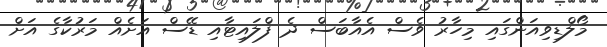
މޯލްޑިވިއަންގައި މިހާރު ވެސް އެއާބަސް ދެ ފްލައިޓާއި ޑޭސް އަށެއް މަރުކާގެ އަށް